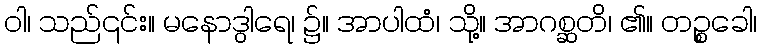
ဝါ၊ သည်၎င်း။ မနောဒွါရေ၊ ၌။ အာပါထံ၊ သို့။ အာဂစ္ဆတိ၊ ၏။ တဉ္စခေါ၊